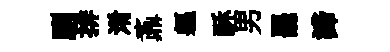
馴排淆鼒軀酥男罷諦